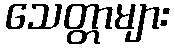
သေတ္တာများ